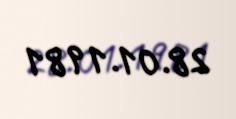
28.01.1981